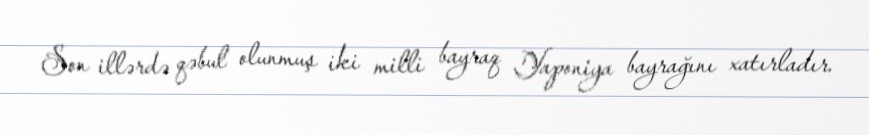
Son illərdə qəbul olunmuş iki milli bayraq Yaponiya bayrağını xatırladır.